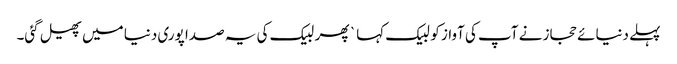
پہلے دنیائے حجاز نے آپ کی آواز کو لبیک کہا ` پھر لبیک کی یہ صدا پوری دنیا میں پھیل گئی۔